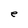
Character: e